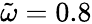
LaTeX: \tilde{\omega}=0.8